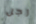
رجل